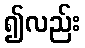
၍လည်း